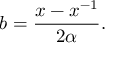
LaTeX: b = { \frac { x - x ^ { - 1 } } { 2 \alpha } } .